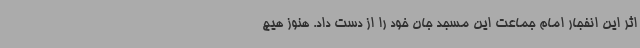
اثر این انفجار امام جماعت این مسجد جان خود را از دست داد. هنوز هیچ